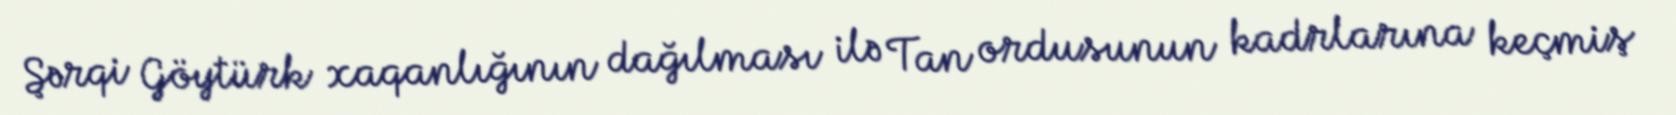
Şərqi Göytürk xaqanlığının dağılması ilə Tan ordusunun kadrlarına keçmiş